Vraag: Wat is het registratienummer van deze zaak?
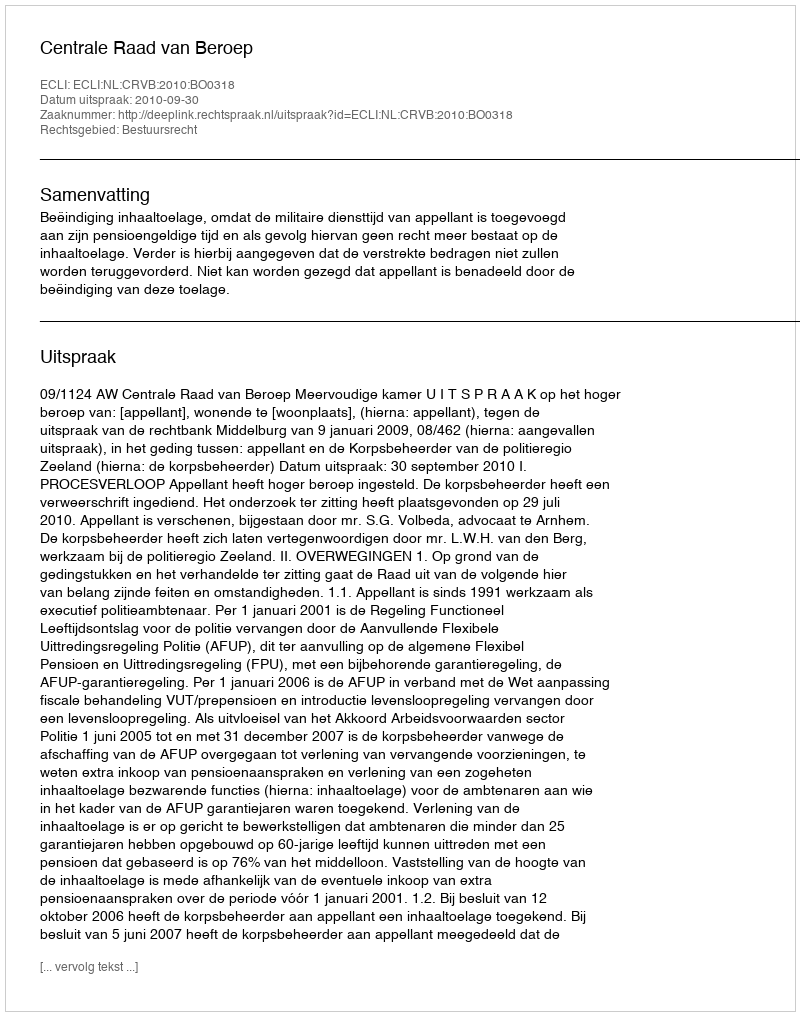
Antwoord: http://deeplink.rechtspraak.nl/uitspraak?id=ECLI:NL:CRVB:2010:BO0318